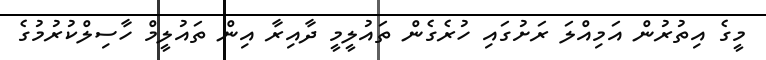
މީގެ އިތުރުން އަމިއްލަ ރަށުގައި ހުރެގެން ތައުލީމީ ދާއިރާ އިން ތައުލީމް ހާސިލްކުރުމުގެ